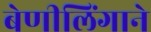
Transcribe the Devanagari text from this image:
बेणीलिंगाने